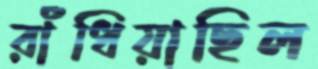
রাঁধিয়াছিল